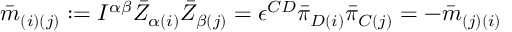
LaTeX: { \bar { m } } _ { ( i ) ( j ) } : = I ^ { \alpha \beta } { \bar { Z } } _ { \alpha ( i ) } { \bar { Z } } _ { \beta ( j ) } = \epsilon ^ { C D } { \bar { \pi } } _ { D ( i ) } { \bar { \pi } } _ { C ( j ) } = - { \bar { m } } _ { ( j ) ( i ) }